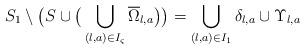
LaTeX: \begin{align*}S_1\setminus \big(S\cup \big( \bigcup_{(l,a)\in I_\varsigma} \overline \Omega_{l,a}\big)\big)=\bigcup_{(l,a)\in I_1} \delta_{l,a}\cup \Upsilon_{l,a}\end{align*}